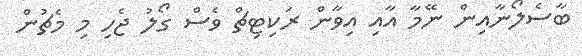
ބާސެލޯނާއިން ނޭމާ އާއި އިވާން ރަކިޓިޗް ވެސް ގޯލު ޖެހި މި މެޗުން